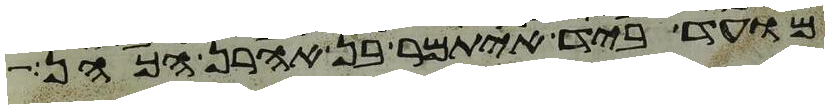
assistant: מועד ביד איתמר בן אהרן הכהן